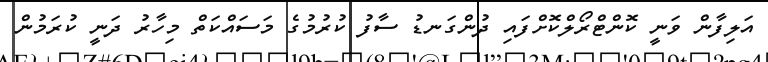
އަލިފާން ވަނީ ކޮންޓްރޯލްކޮށްފައި ދުންގަނޑު ސާފު ކުރުމުގެ މަސައްކަތް މިހާރު ދަނީ ކުރަމުން